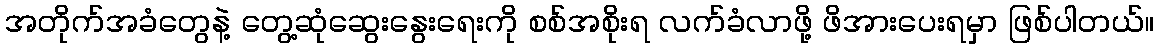
အတိုက်အခံတွေနဲ့ တွေ့ဆုံဆွေးနွေးရေးကို စစ်အစိုးရ လက်ခံလာဖို့ ဖိအားပေးရမှာ ဖြစ်ပါတယ်။